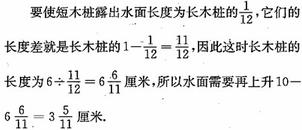
要使短木桩露出水面长度为长木桩的$\frac{1}{12}$，它们的长度差就是长木桩的$1 - \frac{1}{12} = \frac{11}{12}$，因此这时长木桩的长度为$6\div\frac{11}{12}=6\frac{6}{11}$厘米，所以水面需要再上升$10 - 6\frac{6}{11}=3\frac{5}{11}$厘米.